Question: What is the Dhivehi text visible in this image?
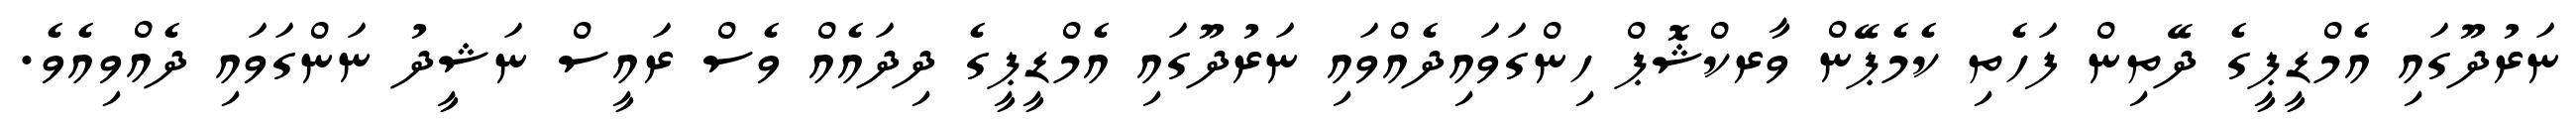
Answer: ނަރުދޫގައި އެމްޑީޕީގެ ދޭތިން ފަހެތި ކެމެޕޭން ވާރކްޝޮޕް ހިންގަވައިދެއްވައި ނަރުދޫގައި އެމްޑީޕީގެ ދިދައެއް ވެސް ރައީސް ނަޝީދު ނަންގަވައި ދެއްވިއެވެ.